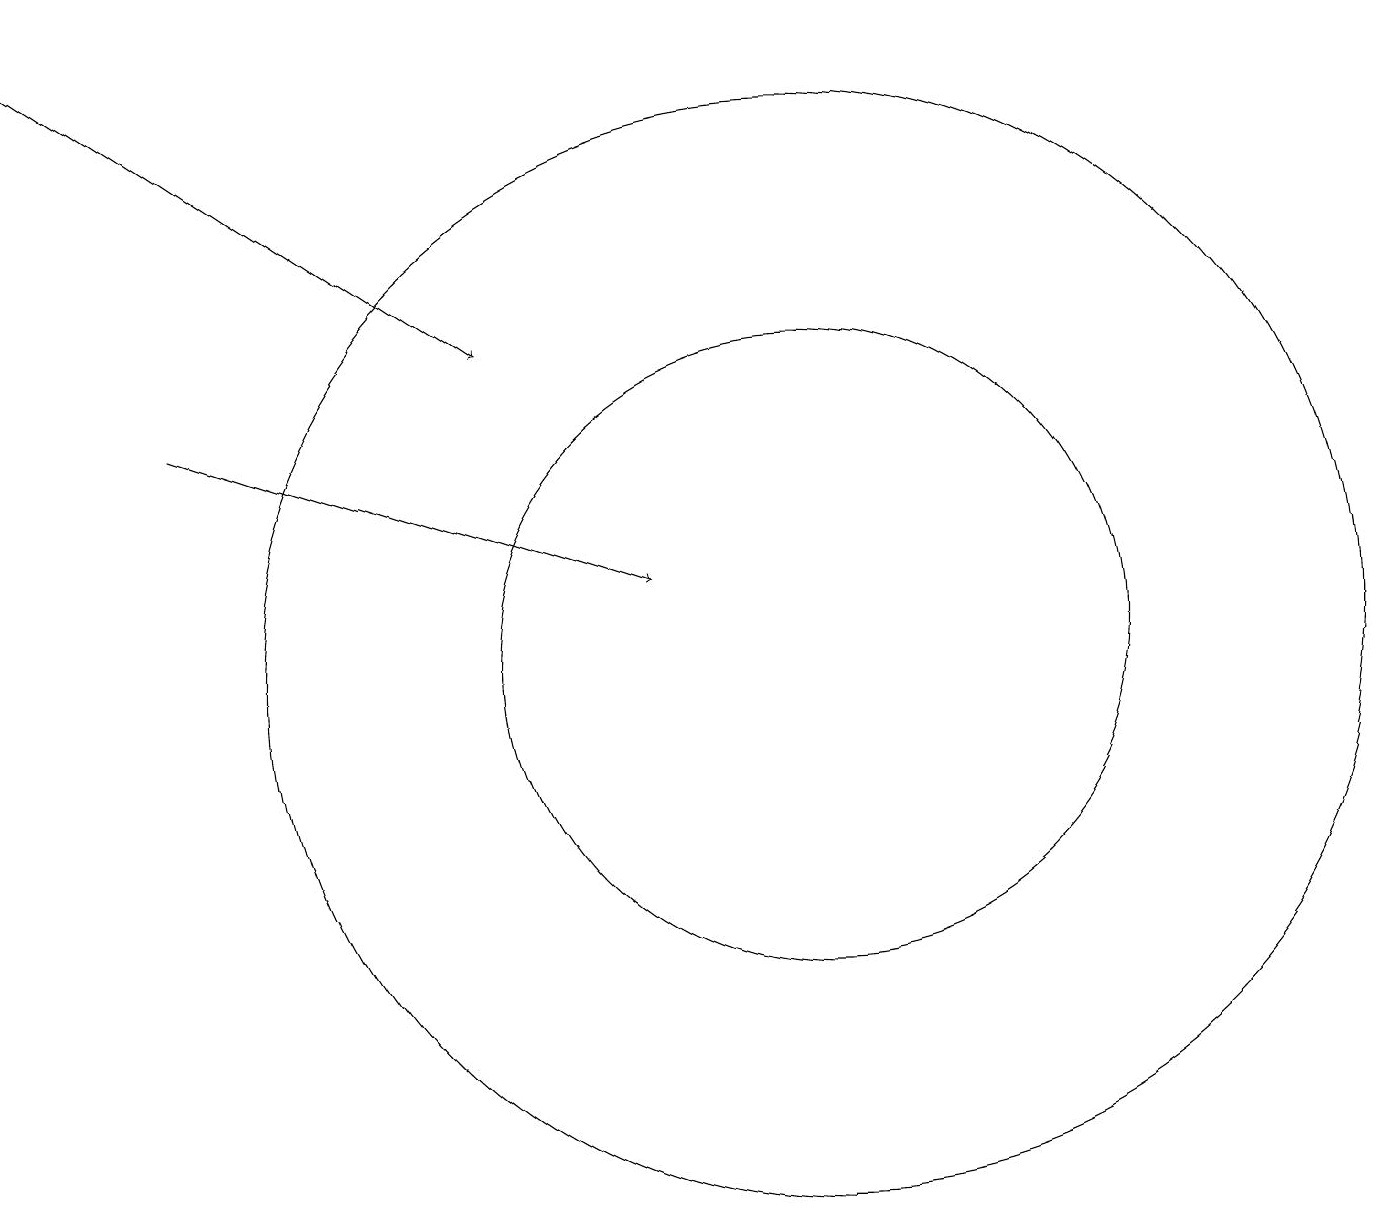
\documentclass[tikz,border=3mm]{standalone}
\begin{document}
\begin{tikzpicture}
\draw (10,11) circle (7);
\draw[->] (0,19) -- (6,15);
\draw (10,11) circle (4);
\draw[->] (2,14) -- (8,12);
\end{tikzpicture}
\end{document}